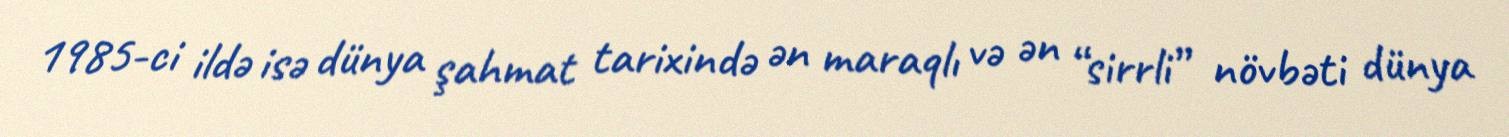
1985-ci ildə isə dünya şahmat tarixində ən maraqlı və ən “sirrli” növbəti dünya